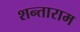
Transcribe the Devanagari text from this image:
शन्ताराम